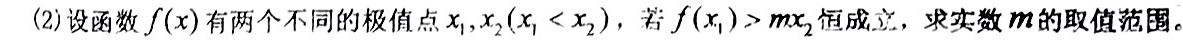
(2)设函数$f(x)$有两个不同的极值点$x_1,x_2(x_1 < x_2)$，若$f(x_1)>mx_2$恒成立，求实数$m$的取值范围。